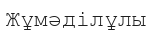
Жұмәділұлы